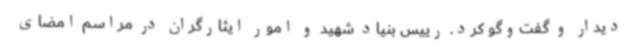
دیدار و گفت‌وگو کرد. رییس بنیاد شهید و امور ایثارگران در مراسم امضای